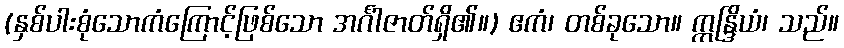
(နှစ်ပါးစုံသောကံကြောင့်ဖြစ်သော အင်္ဂါဇာတ်ရှိ၏။) ဧကံ၊ တစ်ခုသော။ ဣန္ဒြိယံ၊ သည်။